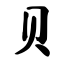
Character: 贝